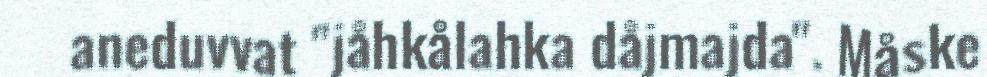
aneduvvat "jåhkålahka dåjmajda". Måske